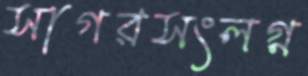
সাগরসংলগ্ন